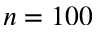
n = 1 0 0